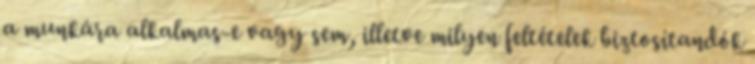
a munkára alkalmas-e vagy sem, illetve milyen feltételek biztosítandók